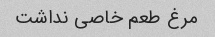
مرغ طعم خاصی نداشت